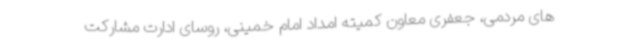
های مردمی، جعفری معاون کمیته امداد امام خمینی، روسای ادارت مشارکت